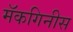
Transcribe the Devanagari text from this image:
मॅकगिनीस